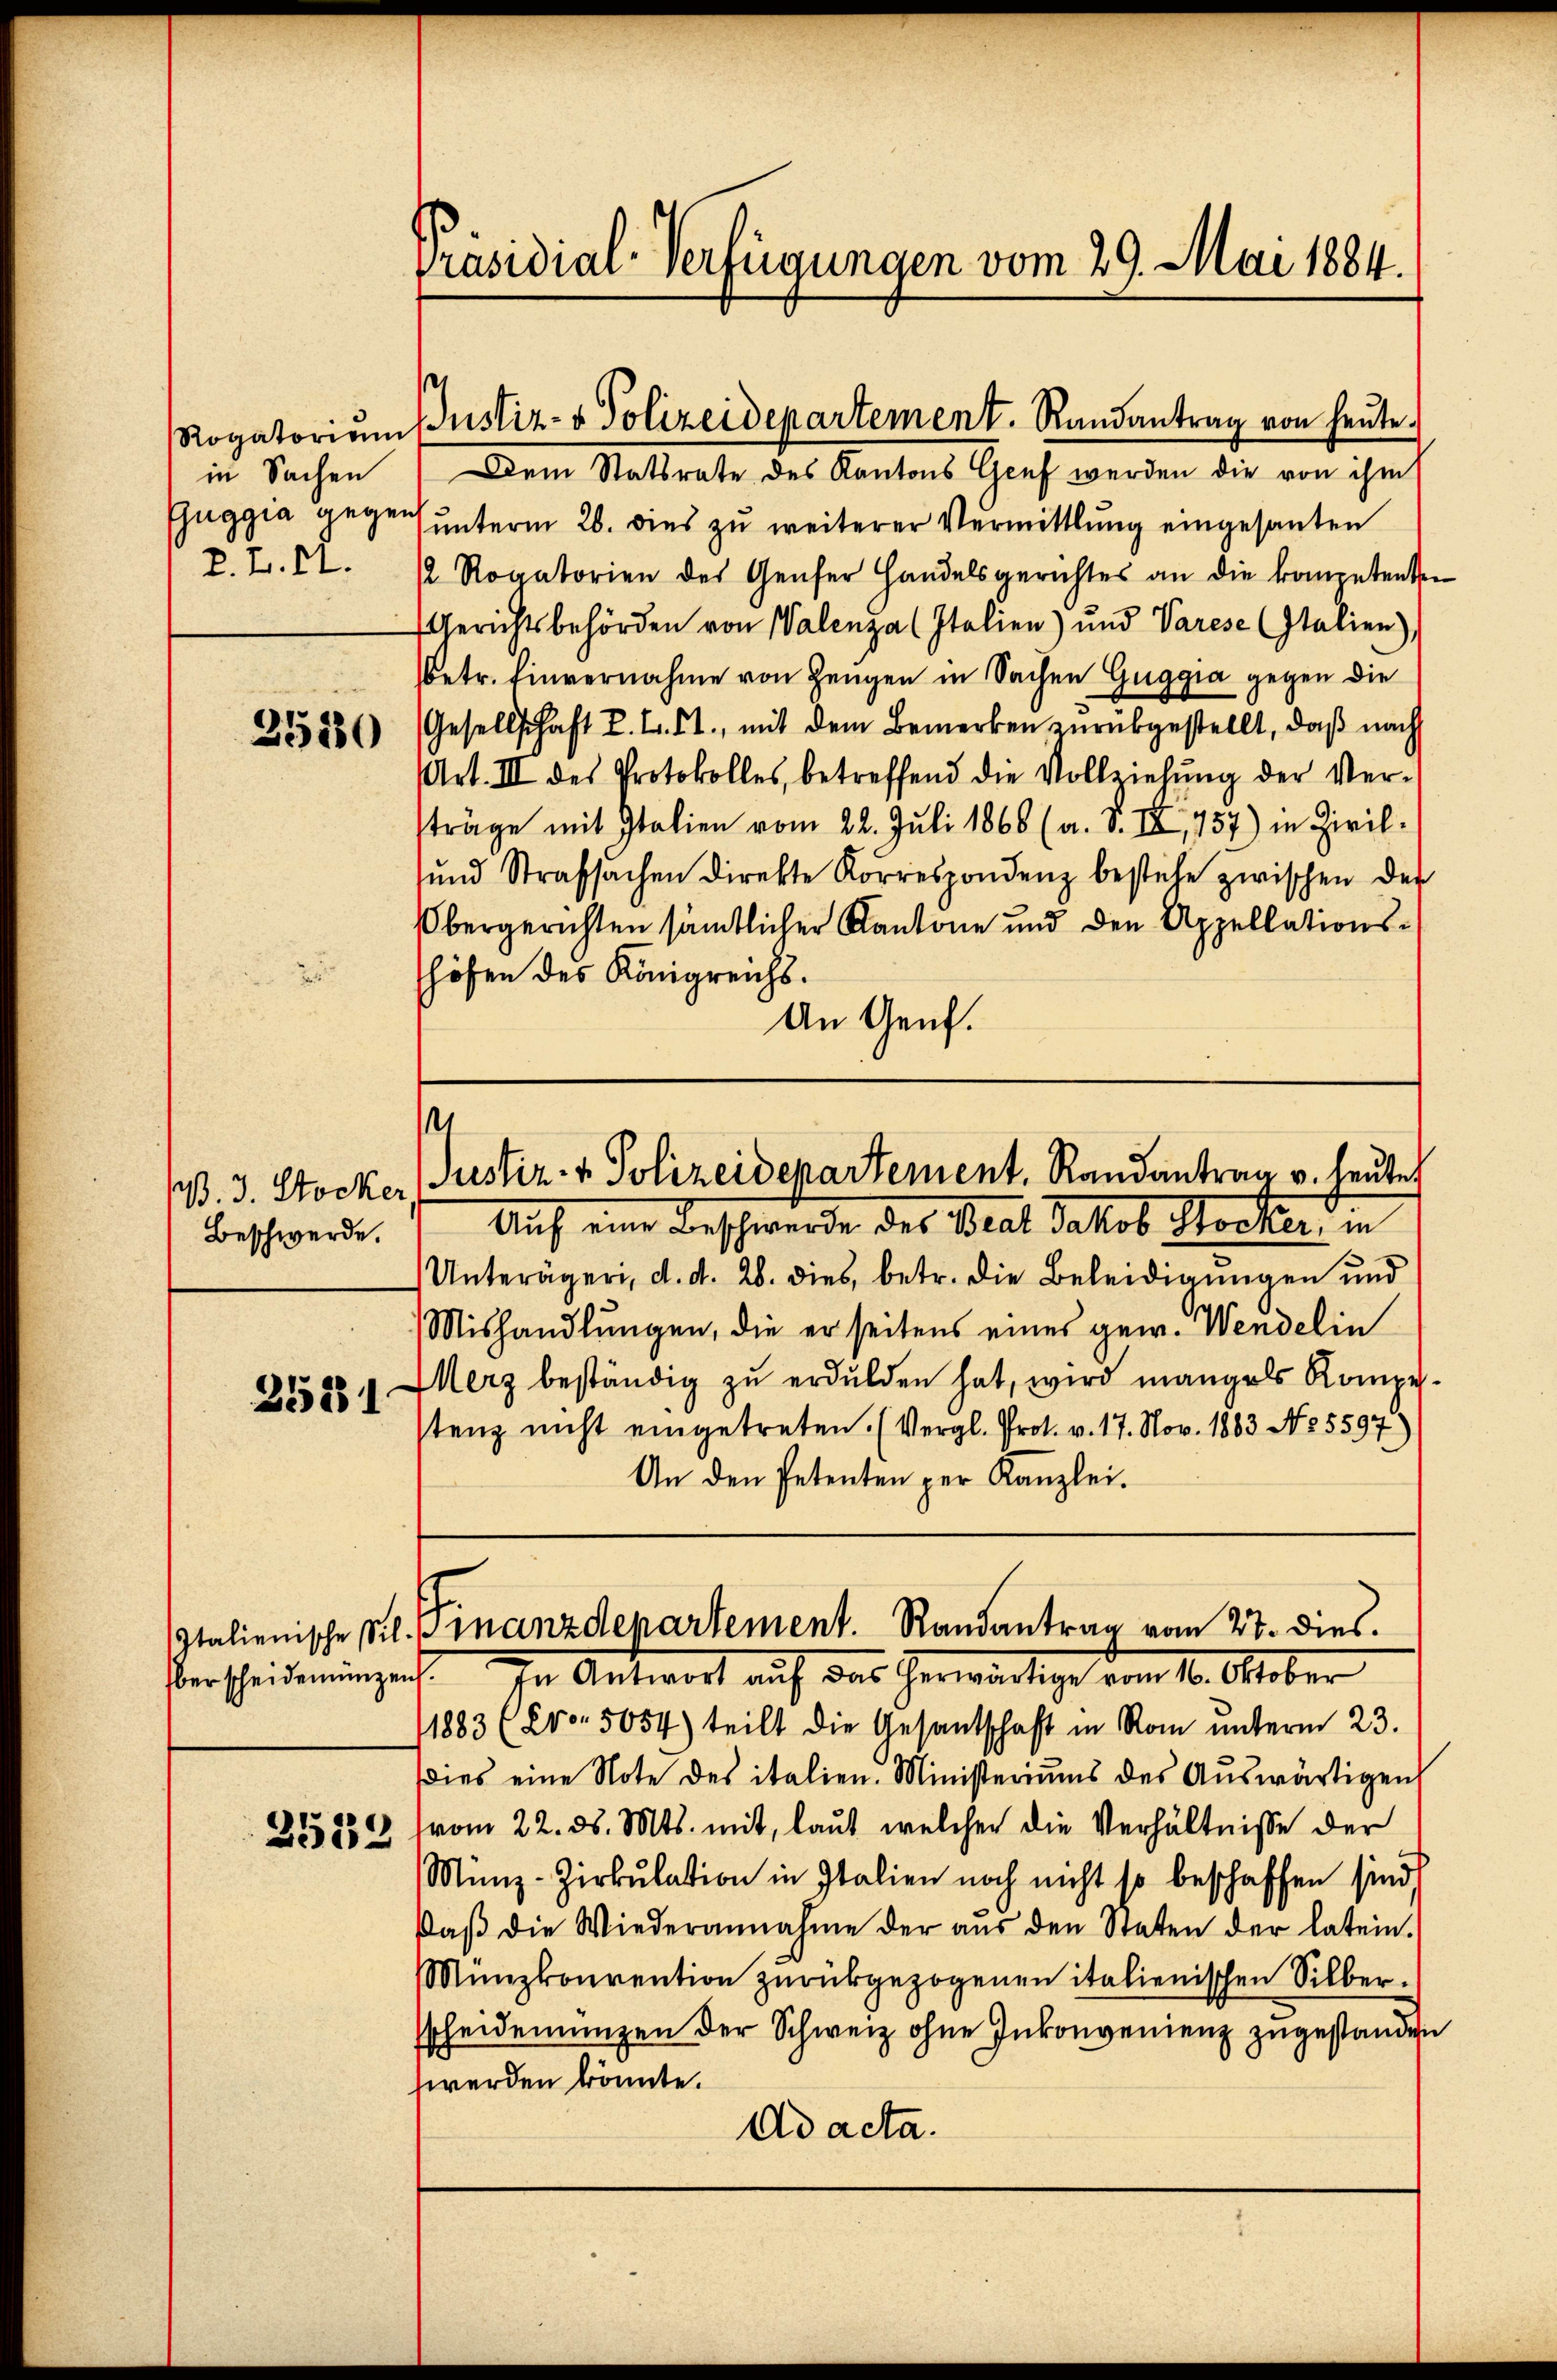
Rogatoriam
in Sachen
Euggia gegen
P. F. II.

3550

V. J. Stocker
Beschwerde.
25881

Italienische Silberscheidemünzen

2523

Präsidial-Verfügungen vom 29. Mai 1884.

Dem Statsrate des Kantons Genf werden die von ihm
ŭnterm 26. dies zu weiterer Vermittlung eingesanten
 Rogatorien des Genfer Handelsgerichtes an die kompetenten
Gerichtsbehörden von Walenza (Italien) und Varese (Italien),
betr. Einvernahme von Zeugen in Sachen Guggia gegen die
Gesellschaft L. L. 51. mit dem Bemerken zurükgestellt, daß nach
Art. III des Protokolles, betreffend die Vollziehŭng der Ver-
träge mit Italien vom 22. Juli 1866 (a. S. IX, 757) in Zivilŭnd Strafsachen direkte Korrespondenz bestehe zwischen der
Obergerichten sämtlicher Kantone und den Appellationshöfen des Königreichs.
An Genf.

Justiz- & Polizeidepartement. Randantrag von heute.

e
Justiz- & Polizeidepartement, Randantrag v. heute

Finanzdepartement. Randantrag vom 27. dies.

Auf eine Beschwerde des Beat Jakob Stocker, in
Unterägeri, d. d. 28. dies, betr. die Beleidigungen und
Mishandlŭngen, die er seitens eines gew. Wendelin
Merz beständig zu erdulden hat, wird mangels Kompetenz nicht eingetreten. (Vergl. Prot. v. 17. Nov. 1863 No 5597
An den Petenten per Kanzlei.
In Antwort auf das herwärtige vom 10. Oktober
/1883 (Evo. 5054) teilt die Gesantschaft in Rom unterm 23.
dies eine Note des italien. Ministeriums des Auswärtigens
vom 22. ds. Mts. mit, laut welcher die Verhältnisse der
Münz-Zirkŭlation in Italien noch nicht so beschaffen sind.
daβ die Wiederannahme der aŭs den Staten der latein.
Münzkonvention zurückgezogenen italienischen Silberscheidemünzen der Schweiz ohne Inkonvenienz zugestanden
werden könnte.
Ad acta.